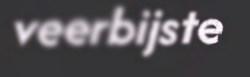
veerbijste